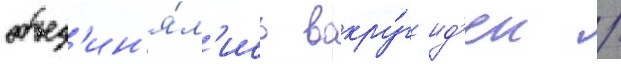
объед'ин'я́л'ись вокру́г ид'еи /